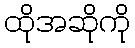
ထိုအဆိုကို